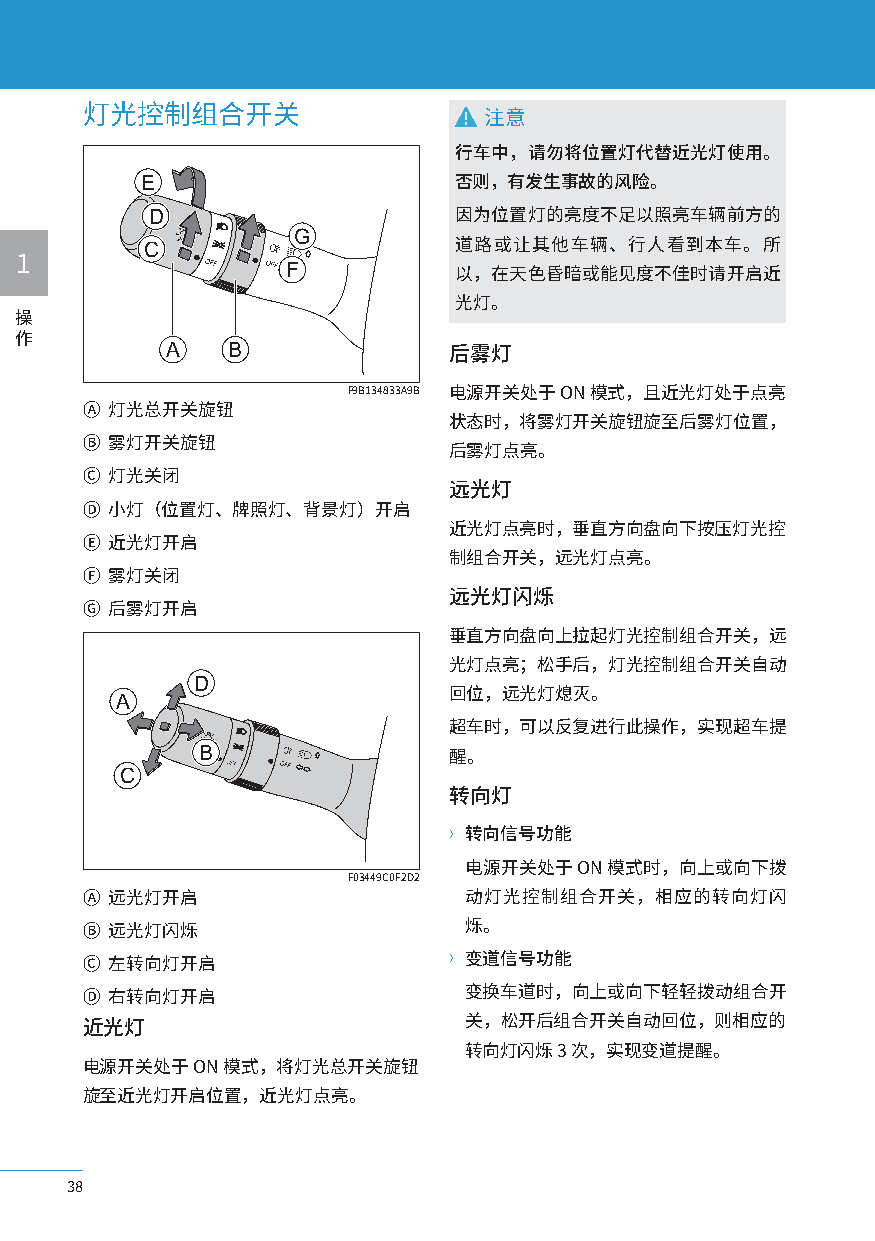
灯光控制组合开关                   注意
 行车中，请勿将位置灯代替近光灯使用。
 E
 否则，有发生事故的风险。
 D                   因为位置灯的亮度不足以照亮车辆前方的
 G
 C                    道路或让其他车辆、行人看到本车。所
 1                 F
 以，在天色昏暗或能见度不佳时请开启近
 光灯。
 操
 作         A   B
 后雾灯
 F9B134833A9B 电源开关处于 ON 模式，且近光灯处于点亮
 Ⓐ 灯光总开关旋钮
 状态时，将雾灯开关旋钮旋至后雾灯位置，
 Ⓑ 雾灯开关旋钮
 后雾灯点亮。
 Ⓒ 灯光关闭
 远光灯
 Ⓓ 小灯（位置灯、牌照灯、背景灯）开启
 近光灯点亮时，垂直方向盘向下按压灯光控
 Ⓔ 近光灯开启
 制组合开关，远光灯点亮。
 Ⓕ 雾灯关闭
 远光灯闪烁
 Ⓖ 后雾灯开启
 垂直方向盘向上拉起灯光控制组合开关，远
 光灯点亮；松手后，灯光控制组合开关自动
 D
 A                     回位，远光灯熄灭。
 超车时，可以反复进行此操作，实现超车提
 B
 醒。
 C
 转向灯
 〉转向信号功能
 电源开关处于 ON 模式时，向上或向下拨
 F03449C0F2D2
 Ⓐ 远光灯开启                   动灯光控制组合开关，相应的转向灯闪
 Ⓑ 远光灯闪烁                   烁。
 Ⓒ 左转向灯开启                 〉变道信号功能
 Ⓓ 右转向灯开启                  变换车道时，向上或向下轻轻拨动组合开
 近光灯                       关，松开后组合开关自动回位，则相应的
 转向灯闪烁 3 次，实现变道提醒。
 电源开关处于  ON 模式，将灯光总开关旋钮
 旋至近光灯开启位置，近光灯点亮。
 38